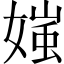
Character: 媸